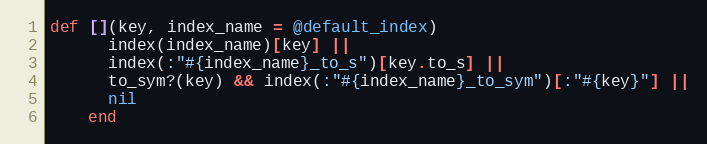
Language: Ruby
def [](key, index_name = @default_index)
      index(index_name)[key] ||
      index(:"#{index_name}_to_s")[key.to_s] ||
      to_sym?(key) && index(:"#{index_name}_to_sym")[:"#{key}"] ||
      nil
    end